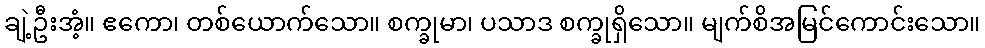
ချဲ့ဦးအံ့။ ဧကော၊ တစ်ယောက်သော။ စက္ခုမာ၊ ပသာဒ စက္ခုရှိသော။ မျက်စိအမြင်ကောင်းသော။